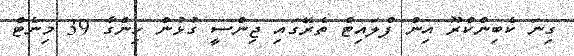
ގިނަ ކެބިންކްރޫ އިން ފްލައިޓް ތެރޭގައި ޖިންސީ ގުޅުން ހިންގާ 39 މިނެޓް